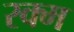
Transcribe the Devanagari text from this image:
रक्म